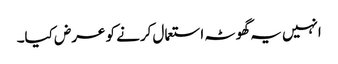
انہیں یہ گھوٹہ استعمال کرنے کو عرض کیا۔